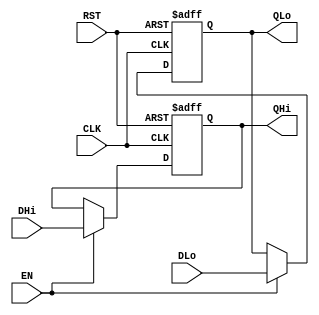
module R64_Reg # (parameter WIDTH = 32) (
        //Input
        input  wire [WIDTH-1:0] DLo,
        input  wire [WIDTH-1:0] DHi,
        //Output
        output reg  [WIDTH-1:0] QLo,
        output reg  [WIDTH-1:0] QHi,
        //Misc
        input  wire             EN,
        input  wire             CLK,
        input  wire             RST
    );

    always @ (posedge CLK, posedge RST) begin
        if (RST) begin
            QLo <= 0;
            QHi <= 0;
        end
        else if(EN) begin
            QLo <= DLo;
            QHi = DHi;
        end
        else begin
            QLo <= QLo;
            QHi <= QHi;
        end
    end
endmodule